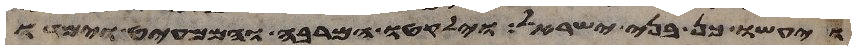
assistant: ויעשו כן בני ישראל וילקטו המרבה והממעיט וימדו